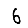
Digit: 6